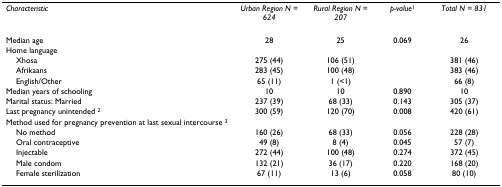
<table><thead><tr><td><b><i>Characteristic</i></b></td><td><b><i>Urban Region N = 624</i></b></td><td><b><i>Rural Region N = 207</i></b></td><td><b><i>p-value</i><sup>1</sup></b></td><td><b><i>Total N = 831</i></b></td></tr></thead><tbody><tr><td>Median age</td><td>28</td><td>25</td><td>0.069</td><td>26</td></tr><tr><td>Home language</td><td></td><td></td><td></td><td></td></tr><tr><td> Xhosa</td><td>275 (44)</td><td>106 (51)</td><td></td><td>381 (46)</td></tr><tr><td> Afrikaans</td><td>283 (45)</td><td>100 (48)</td><td></td><td>383 (46)</td></tr><tr><td> English/Other</td><td>65 (11)</td><td>1 (&lt;1)</td><td></td><td>66 (8)</td></tr><tr><td>Median years of schooling</td><td>10</td><td>10</td><td>0.890</td><td>10</td></tr><tr><td>Marital status: Married</td><td>237 (39)</td><td>68 (33)</td><td>0.143</td><td>305 (37)</td></tr><tr><td>Last pregnancy unintended <sup>2</sup></td><td>300 (59)</td><td>120 (70)</td><td>0.008</td><td>420 (61)</td></tr><tr><td>Method used for pregnancy prevention at last sexual intercourse <sup>3</sup></td><td></td><td></td><td></td><td></td></tr><tr><td> No method</td><td>160 (26)</td><td>68 (33)</td><td>0.056</td><td>228 (28)</td></tr><tr><td> Oral contraceptive</td><td>49 (8)</td><td>8 (4)</td><td>0.045</td><td>57 (7)</td></tr><tr><td> Injectable</td><td>272 (44)</td><td>100 (48)</td><td>0.274</td><td>372 (45)</td></tr><tr><td> Male condom</td><td>132 (21)</td><td>36 (17)</td><td>0.220</td><td>168 (20)</td></tr><tr><td> Female sterilization</td><td>67 (11)</td><td>13 (6)</td><td>0.058</td><td>80 (10)</td></tr></tbody></table>